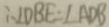
\therefore \angle D B E = \angle A D B